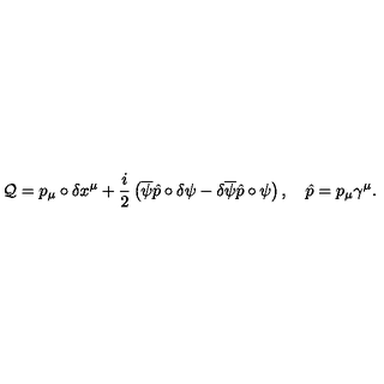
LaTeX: \mathcal { Q } = p _ { \mu } \circ \delta x ^ { \mu } + \frac { i } { 2 } \left( \overline { { \psi } } \hat { p } \circ \delta \psi - \delta \overline { { \psi } } \hat { p } \circ \psi \right) , \quad \hat { p } = p _ { \mu } \gamma ^ { \mu } .